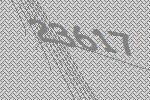
23617